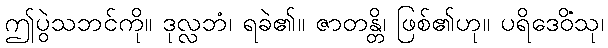
ဤပွဲသဘင်ကို။ ဒုလ္လဘံ၊ ရခဲ၏။ ဇာတန္တိ၊ ဖြစ်၏ဟု။ ပရိဒေဝိံသု၊